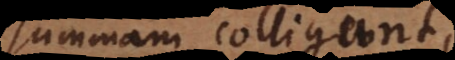
summam colligunt,